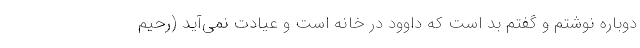
دوباره نوشتم و گفتم بد است که داوود در خانه است و عیادت نمی‌آید (رحیم